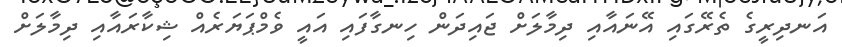
އަނދިރީގެ ތެރޭގައި އޭނައާއި ދިމާލަށް ޖައިދަން ހިނގާފައި އައީ ވެމްޕަޔަރެއް ޝިކާރައާއި ދިމާލަށް